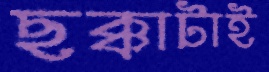
ছক্কাটাই